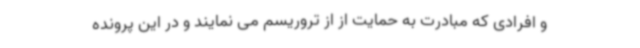
و افرادی که مبادرت به حمایت از از تروریسم می نمایند و در این پرونده